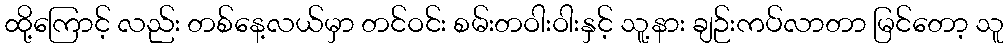
ထို့ကြောင့် လည်း တစ်နေ့လယ်မှာ တင်ဝင်း စမ်းတဝါးဝါးနှင့် သူ့နား ချဉ်းကပ်လာတာ မြင်တော့ သူ